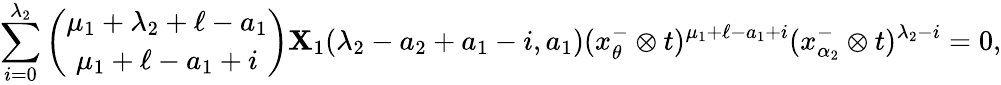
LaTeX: \underset{i=0}{\overset{\lambda_{2}}{\sum}}{\binom{\mu_{1}+\lambda_{2}+\ell-a_{1}}{\mu_{1}+\ell-a_{1}+i}}\mathbf X_{1}(\lambda_{2}-a_{2}+a_{1}-i,a_{1})(x_{\theta}^{-}\otimes t)^{\mu_{1}+\ell-a_{1}+i}(x_{\alpha_{2}}^{-}\otimes t)^{\lambda_{2}-i}=0,